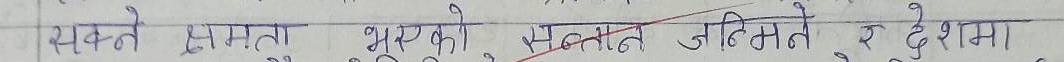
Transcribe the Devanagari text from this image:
सक्ने क्षमता भएको सन्तान जग्गमेत्ते र देशमा